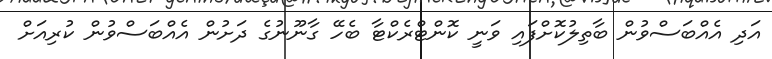
އަދި އެއްބަސްވުން ބާތިލުކޮށްފައި ވަނީ ކޮންޓްރެކްޓާ ބެހޭ ގާނޫނުގެ ދަށުން އެއްބަސްވުން ކުރިއަށް